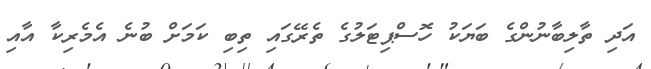
އަދި ތާލިބާނުންގެ ބަޔަކު ހޮސްޕިޓަލުގެ ތެރޭގައި ތިބި ކަމަށް ބުނެ އެމެރިކާ އާއި